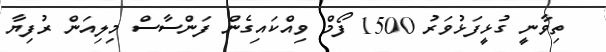
ތިވާނީ ގުޅީފަޅުވަރު 1500 ފޯމް ވިއްކައިގެން ފަންސާސް މިލިއަން ރުފިޔާ